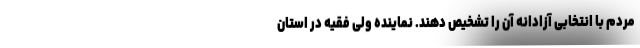
مردم با انتخابی آزادانه آن را تشخیص دهند. نماینده ولی فقیه در استان